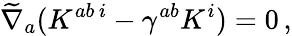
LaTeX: \widetilde{\nabla}_{a}(K^{ab\, i}-\gamma^{ab}K^{i})=0\, ,